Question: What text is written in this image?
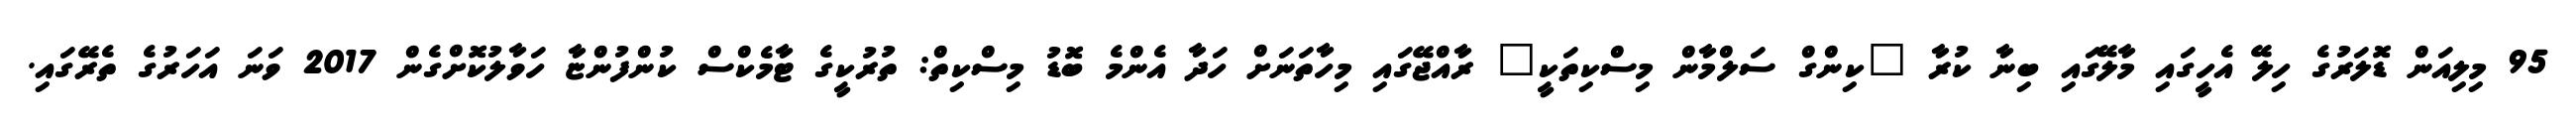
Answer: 95 މިލިއަން ޑޮލަރުގެ ހިލޭ އެހީގައި މާލޭގައި ބިނާ ކުރާ "ކިންގް ސަލްމާން މިސްކިތަކީ" ރާއްޖޭގައި މިހާތަނަށް ހަދާ އެންމެ ބޮޑު މިސްކިތް: ތުރުކީގެ ޓާމެކްސް ކުންފުންޏާ ހަވާލުކޮށްގެން 2017 ވަނަ އަހަރުގެ ތެރޭގައި.